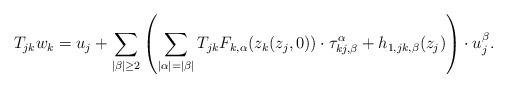
LaTeX: \begin{align*}T_{jk}w_k=u_j+\sum_{|\beta|\geq 2}\left(\sum_{|\alpha|=|\beta|}T_{jk}F_{k, \alpha}(z_k(z_j, 0))\cdot\tau_{kj, \beta}^\alpha+h_{1, jk, \beta}(z_j)\right)\cdot u_j^\beta. \end{align*}